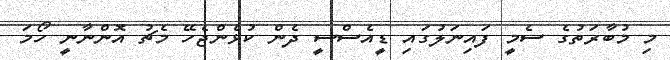
މި މުބާރަތުގެ ސެމީ ފައިނަލުގައި ޑީއެސްސީ ދެން ކުޅެންޖެހޭ މެޗު އޮންނާނީ ހޯމަ